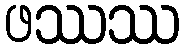
ဖဿဿ